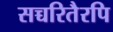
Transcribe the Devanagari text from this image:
सच्चरितैरपि